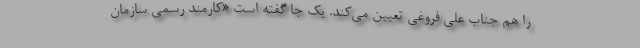
را هم جناب علی فروغی تعیین می‌کند. یک جا گفته است «کارمند رسمی سازمان